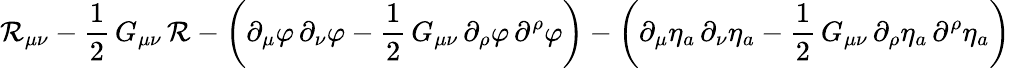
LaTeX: \mathcal{R}_{\mu\nu}-\frac{{1}}{{2}}\, G_{\mu\nu}\, {\cal\mathcal{R}}-\left(\partial_{\mu}\varphi\, \partial_{\nu}\varphi-\frac{{1}}{{2}}\, G_{\mu\nu}\, \partial_{\rho}\varphi\, \partial^{\rho}\varphi\right)-\left(\partial_{\mu}\eta_{a}\, \partial_{\nu}\eta_{a}-\frac{{1}}{{2}}\, G_{\mu\nu}\, \partial_{\rho}\eta_{a}\, \partial^{\rho}\eta_{a}\right)